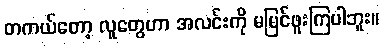
တကယ်တော့ လူတွေဟာ အလင်းကို မမြင်ဖူးကြပါဘူး။